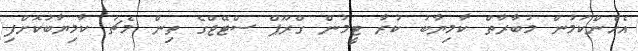
އެހެންކަމުން މުބާރާތް ކާމިޔާބު ކުރާ ޓީމުން ގްރޫޕް ސްޓޭޖްގެ ތިން މެޗު ކާމިޔާބުކޮށްފި